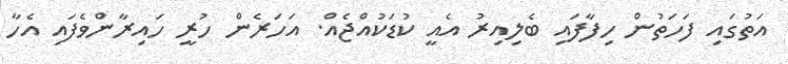
އަތުގައި ފަހަތުން ހިފާފައި ބެލިިއިރު އެއީ ކުޑަކުުއްޖެއް. އަހަރެން ހުރީ ހައިރާންވެފައި އެހާ